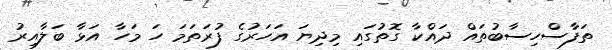
ތަފާސްހިސާބުތައް ދައްކާ ގޮތުގައި މިދިޔަ އަހަރުގެ ފުރަތަމަ ހަ މަހާ އަޅާ ބަލާއިރު